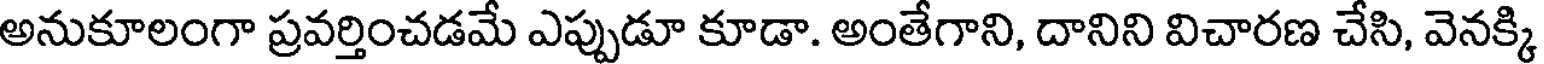
అనుకూలంగా ప్రవర్తించడమే ఎప్పుడూ కూడా. అంతేగాని, దానిని విచారణ చేసి, వెనక్కి